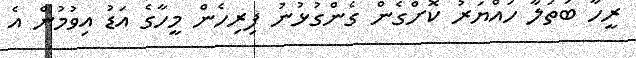
ރީހާ ބަތަލާ ހައްޔަރު ކޮށްގެން ގެންގުޅުނު ފިރިހެން މީހާގެ އަޑު އިވުމުން އެ